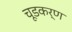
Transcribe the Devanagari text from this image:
चूडकर्ण